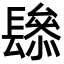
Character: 𨲱